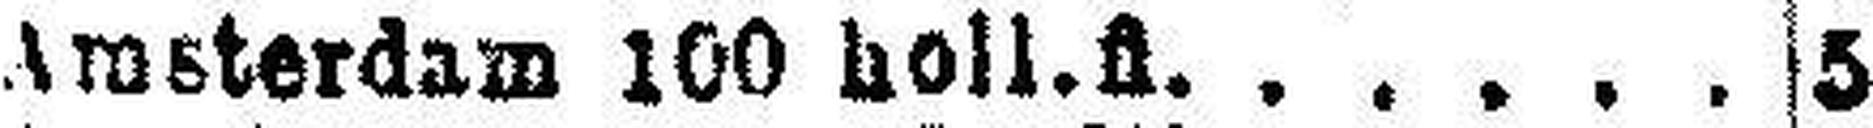
Amsterdam 100 holl.fl. 5